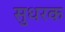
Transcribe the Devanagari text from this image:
सुधरक